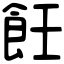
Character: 飪